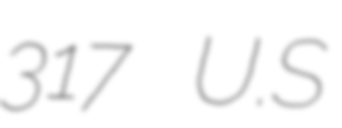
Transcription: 317 U.S